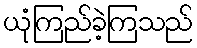
ယုံကြည်ခဲ့ကြသည်